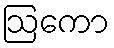
ဩကော